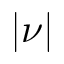
\vert \nu \vert